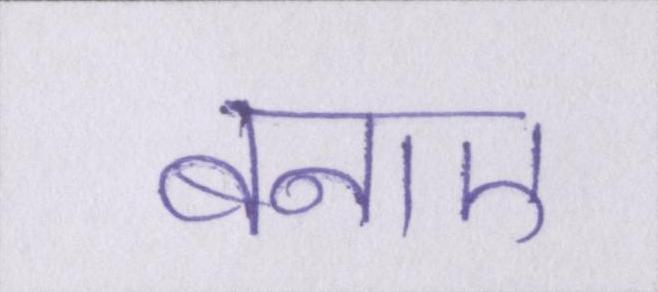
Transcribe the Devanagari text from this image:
बनाए